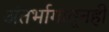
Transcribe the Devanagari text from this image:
अंतर्भागातूनही